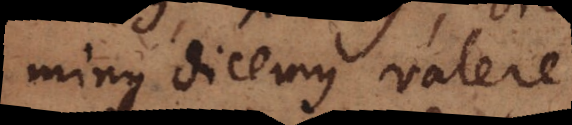
minus dicemus valere